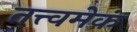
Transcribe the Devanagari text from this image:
तत्त्वमेकं